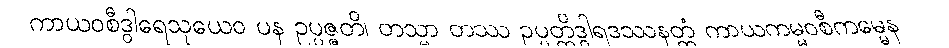
ကာယဝစီဒွါရေသုယေဝ ပန ဥပ္ပဇ္ဇတိ၊ တသ္မာ တဿ ဥပ္ပတ္တိဒွါရဒဿနတ္ထံ ကာယကမ္မဝစီကမ္မေန